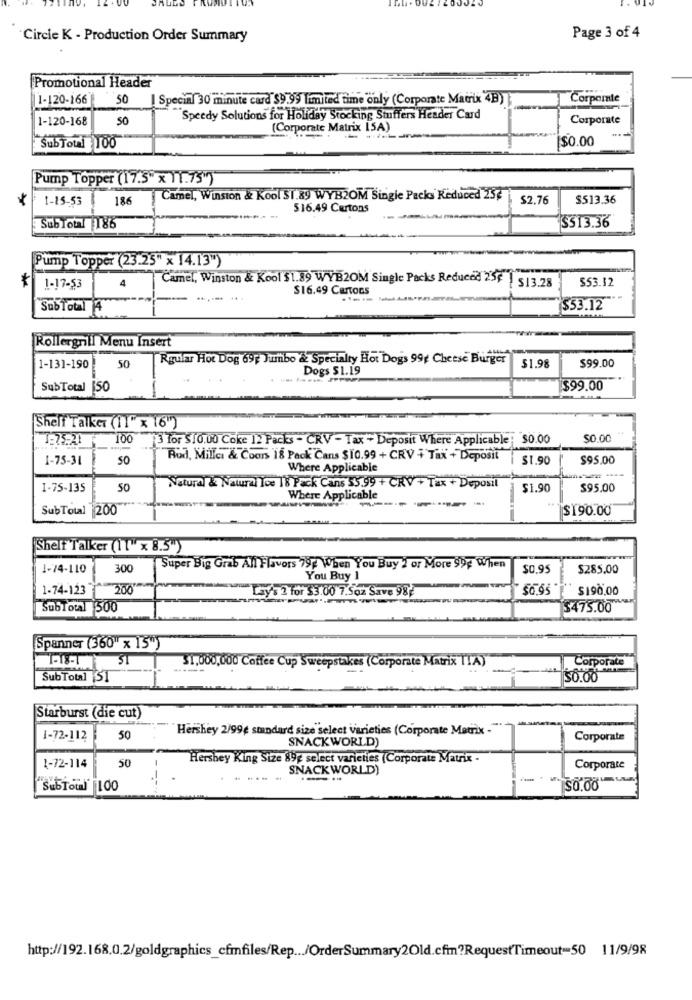
Circle K - Production Order Summary
Page 3 of 4
Promotional Header
1-120-166
50
Special 30 minute card $9.99 limited time only (Corporate Matrix 4B)
Corporate
1-120-168
50
Speedy Solutions for Holiday Stocking Stuffers Header Card
Corporate
(Corporate Matrix ISA)
$0.00
SubTotal 100
Pump Topper (17.5" x 11.75")
1-15-53
186
Camel, Winston & Kool $1.89 WYB2OM Single Packs Reduced 252
$2.76
$513.36
$16.49 Cartons
SubTotal 186
$513.36
Pump Topper (23.25" x 14.13")
4
Camel, Winston & Kool $1.89 WYB2OM Single Packs Reduced 25F | $13.28
1-17-53
$16.49 Cartons
$53.32
SubTotal 4
$53.12
Rollergrill Menu Insert
Rgular Hot Dog 69p Jumbo & Specialty Hot Dogs 99, Cheese Burger
1-131-190
50
Dogs $1.19
51.98
$99.00
SubTotal [50
$99.00
Shelf Talker (11" x 16")
1-75.21
100
3 for $10.00 Coke 12 Packs - CRV - Tax + Deposit Where Applicable; $0.00
$0.00
1-75-31
SO
Rud, Milles & Coors 18 Pack Cans $10.99 + CRV + Tax + Deposit
$1.90
$95.00
Where Applicable
1-75-135
50
Natural & Natural Ice 1'8 Pack Cans $5.99 + CRV + Tax + Deposit
$1.90
$95.00
Where Applicable
-------
SubTotal 200
$190.00
Shelf Talker (11" x 8.5")
1-74-110
300
Super Big Grab All Flavors 797 When You Buy 2 or More 99F When
$0.95
$285.00
You Buy 1
1-74-123
200"
Lay's 2 for $3.00 7.Soz Save 98
$0.95
$190.00
SubTotal 500
$475.00
Spanner (360"x 15")
31,000,000 Coffee Cup Sweepstakes (Corporate Matrix ITA)
--
Corporate
SubTotal 51
50.00
Starburst (die cut)
Hershey 2/99¢ standard size select varieties (Corporate Matrix -"
1-72-112
50
SNACKWORLD)
Corporate
Hershey King Size 89g select varieties (Corporate Matrix -
1-72-114
50
SNACKWORLD)
Corporate
SubTowl 100
$0.00
http://192.168.0.2/goldgraphics_cfmfiles/Rep ... /OrderSummary2Old.cfm?RequestTimeout == 50 11/9/98